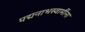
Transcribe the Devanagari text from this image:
पद्मनाभस्वामींना